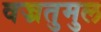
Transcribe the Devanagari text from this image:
वज्रतुमुल